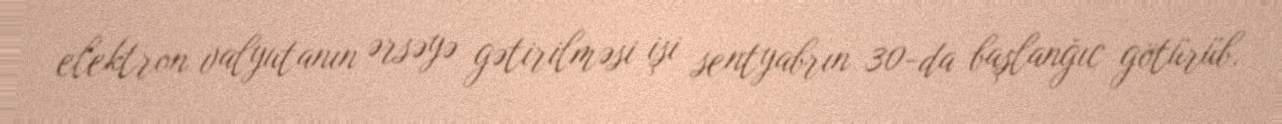
elektron valyutanın ərsəyə gətirilməsi işi sentyabrın 30-da başlanğıc götürüb.